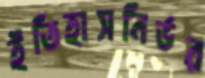
ইতিহাসনির্ভর